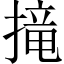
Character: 𢲣